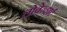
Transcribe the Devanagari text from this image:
लोवेन्हार्ट